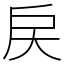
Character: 戻